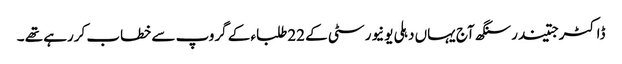
ڈاکٹرجتیندرسنگھ آج یہاں دہلی یونیورسٹی کے 22طلباء کے گروپ سے خطاب کررہے تھے ۔